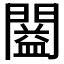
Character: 𨶂